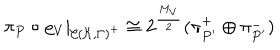
\pi _ { P } \circ \varrho _ { V } | _ { { \cal C } ( { \cal K } , \Gamma ) ^ { + } } \cong 2 ^ { \frac { M _ { V } } { 2 } } ( \pi _ { P ^ { \prime } } ^ { + } \oplus \pi _ { P ^ { \prime } } ^ { - } )